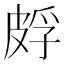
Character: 𬐕